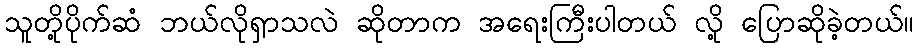
သူတို့ပိုက်ဆံ ဘယ်လိုရှာသလဲ ဆိုတာက အရေးကြီးပါတယ် လို့ ပြောဆိုခဲ့တယ်။